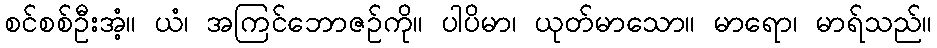
စင်စစ်ဦးအံ့။ ယံ၊ အကြင်ဘောဇဉ်ကို။ ပါပိမာ၊ ယုတ်မာသော။ မာရော၊ မာရ်သည်။